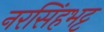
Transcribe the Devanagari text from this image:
नरसिंहभट्ट